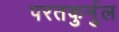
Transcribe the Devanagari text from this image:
परतकुर्नुल